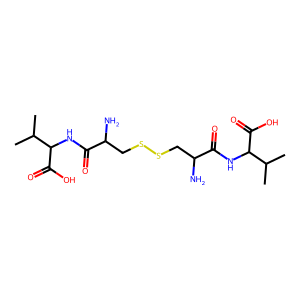
SMILES: CC(C)C(NC(=O)C(N)CSSCC(N)C(=O)NC(C(=O)O)C(C)C)C(=O)O
Inhibits HIV replication: No